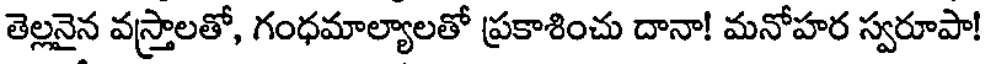
తెల్లనైన వస్త్రాలతో, గంధమాల్యాలతో ప్రకాశించు దానా! మనోహర స్వరూపా!